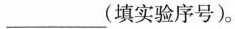
___(填实验序号)。